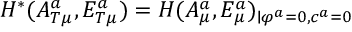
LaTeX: { \cal H } ^ { * } ( A _ { T \mu } ^ { a } , E _ { T \mu } ^ { a } ) = { \cal H } ( A _ { \mu } ^ { a } , E _ { \mu } ^ { a } ) _ { \mid \varphi ^ { a } = 0 , c ^ { a } = 0 }